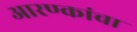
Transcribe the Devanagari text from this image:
आरण्कांचा